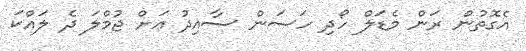
އެގޮތުން ރަން މެޑަލް ހޯދި ހަސަން ސާއިދު އަށް ޖުމްލަ ދެ ލައްކަ